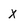
Character: x